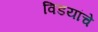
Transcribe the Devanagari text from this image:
विडयांचे